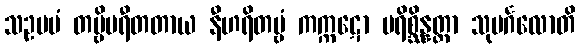
သဥပမံ တဗ္ဗိပရီတတာယ နီဟရိတဗ္ဗံ ကက္ကဋော ပရိစ္ဆိန္နတ္တာ သုမင်္ဂလောတိ